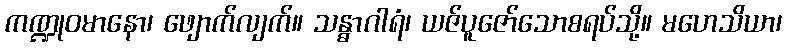
ကဏ္ဍုဝမာနော၊ ဖျောက်လျက်။ သန္ဓာဂါရံ၊ ယဇ်ပူဇော်သောစရပ်သို့။ မဟေသိယာ၊